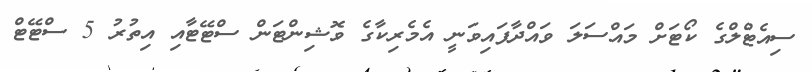
ސިއެޓްލްގެ ކޯޓަށް މައްސަލަ ވައްދާފައިވަނީ އެމެރިކާގެ ވޮޝިންޓަން ސްޓޭޓާއި އިތުރު 5 ސްޓޭޓް